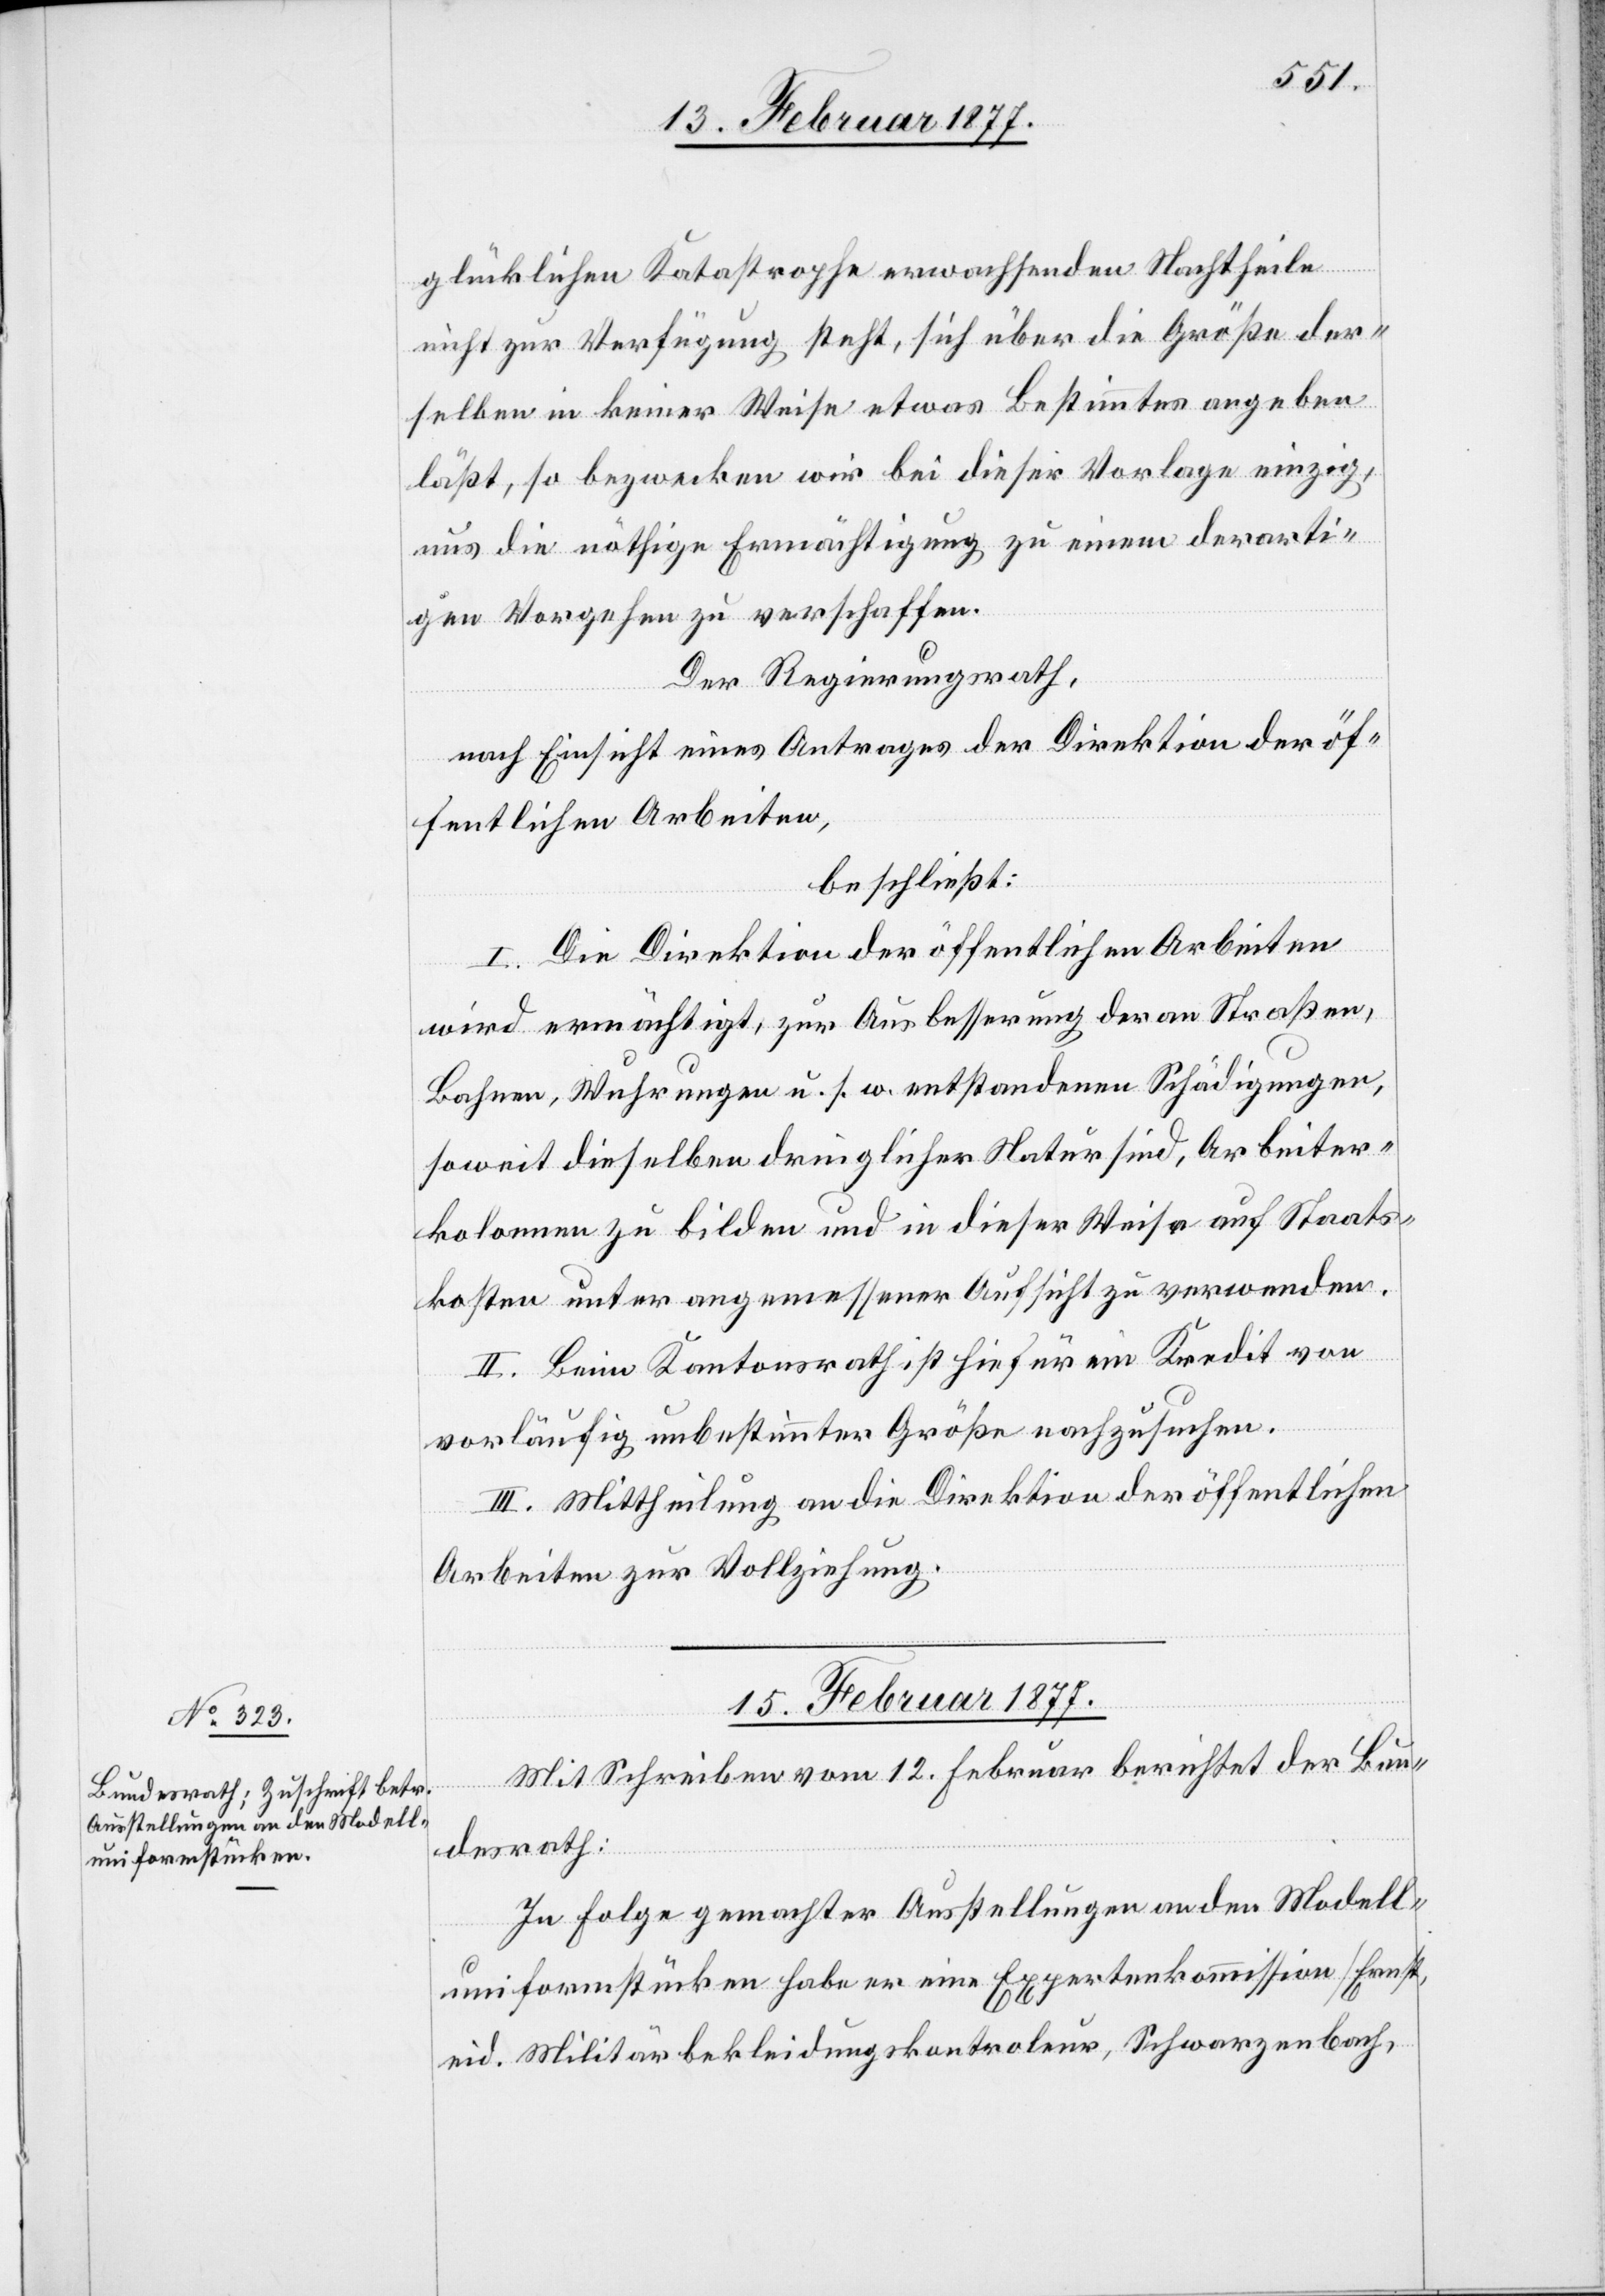
glücklichen Katastrophe erwachsenden Nachtheile
nicht zur Verfügung steht, sich über die Größe der¬
selben in keiner Weise etwas Bestimmtes angeben
läßt, so bezwecken wir bei dieser Vorlage einzig,
uns die nöthige Ermächtigung zu einem derarti¬
gen Vorgehen zu verschaffen.
Der Regierungsrath,
nach Einsicht eines Antrages der Direktion der öf¬
fentlichen Arbeiten,
beschließt:
I. Die Direktion der öffentlichen Arbeiten
wird ermächtigt, zur Ausbesserung der an Straßen,
Bahnen, Wuhrungen u. s. w. entstandenen Schädigungen,
soweit dieselben dringlicher Natur sind, Arbeiter¬
kolonnen zu bilden und in dieser Weise auf Staats¬
kosten unter angemessener Aufsicht zu verwenden.
II. Beim Kantonsrath ist hiefür ein Kredit von
vorläufig unbestimmter Größe nachzusuchen.
III. Mittheilung an die Direktion der öffentlichen
Arbeiten zur Vollziehung.
15. Februar 1877.
Mit Schreiben vom 12. Februar berichtet der Bun¬
desrath:
In Folge gemachter Ausstellungen an den Modell¬
uniformstücken habe er eine Expertenkommission [Ernst,
eid. Militärbekleidungskontroleur, Schwarzenbach,